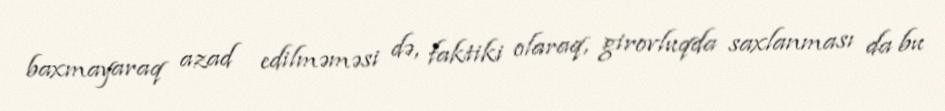
baxmayaraq azad edilməməsi də, faktiki olaraq, girovluqda saxlanması da bu